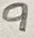
Text: 9